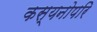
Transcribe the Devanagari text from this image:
कस्यनोपरि